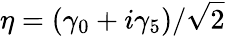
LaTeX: \eta=(\gamma_{0}+i\gamma_{5})/{\sqrt{2}}